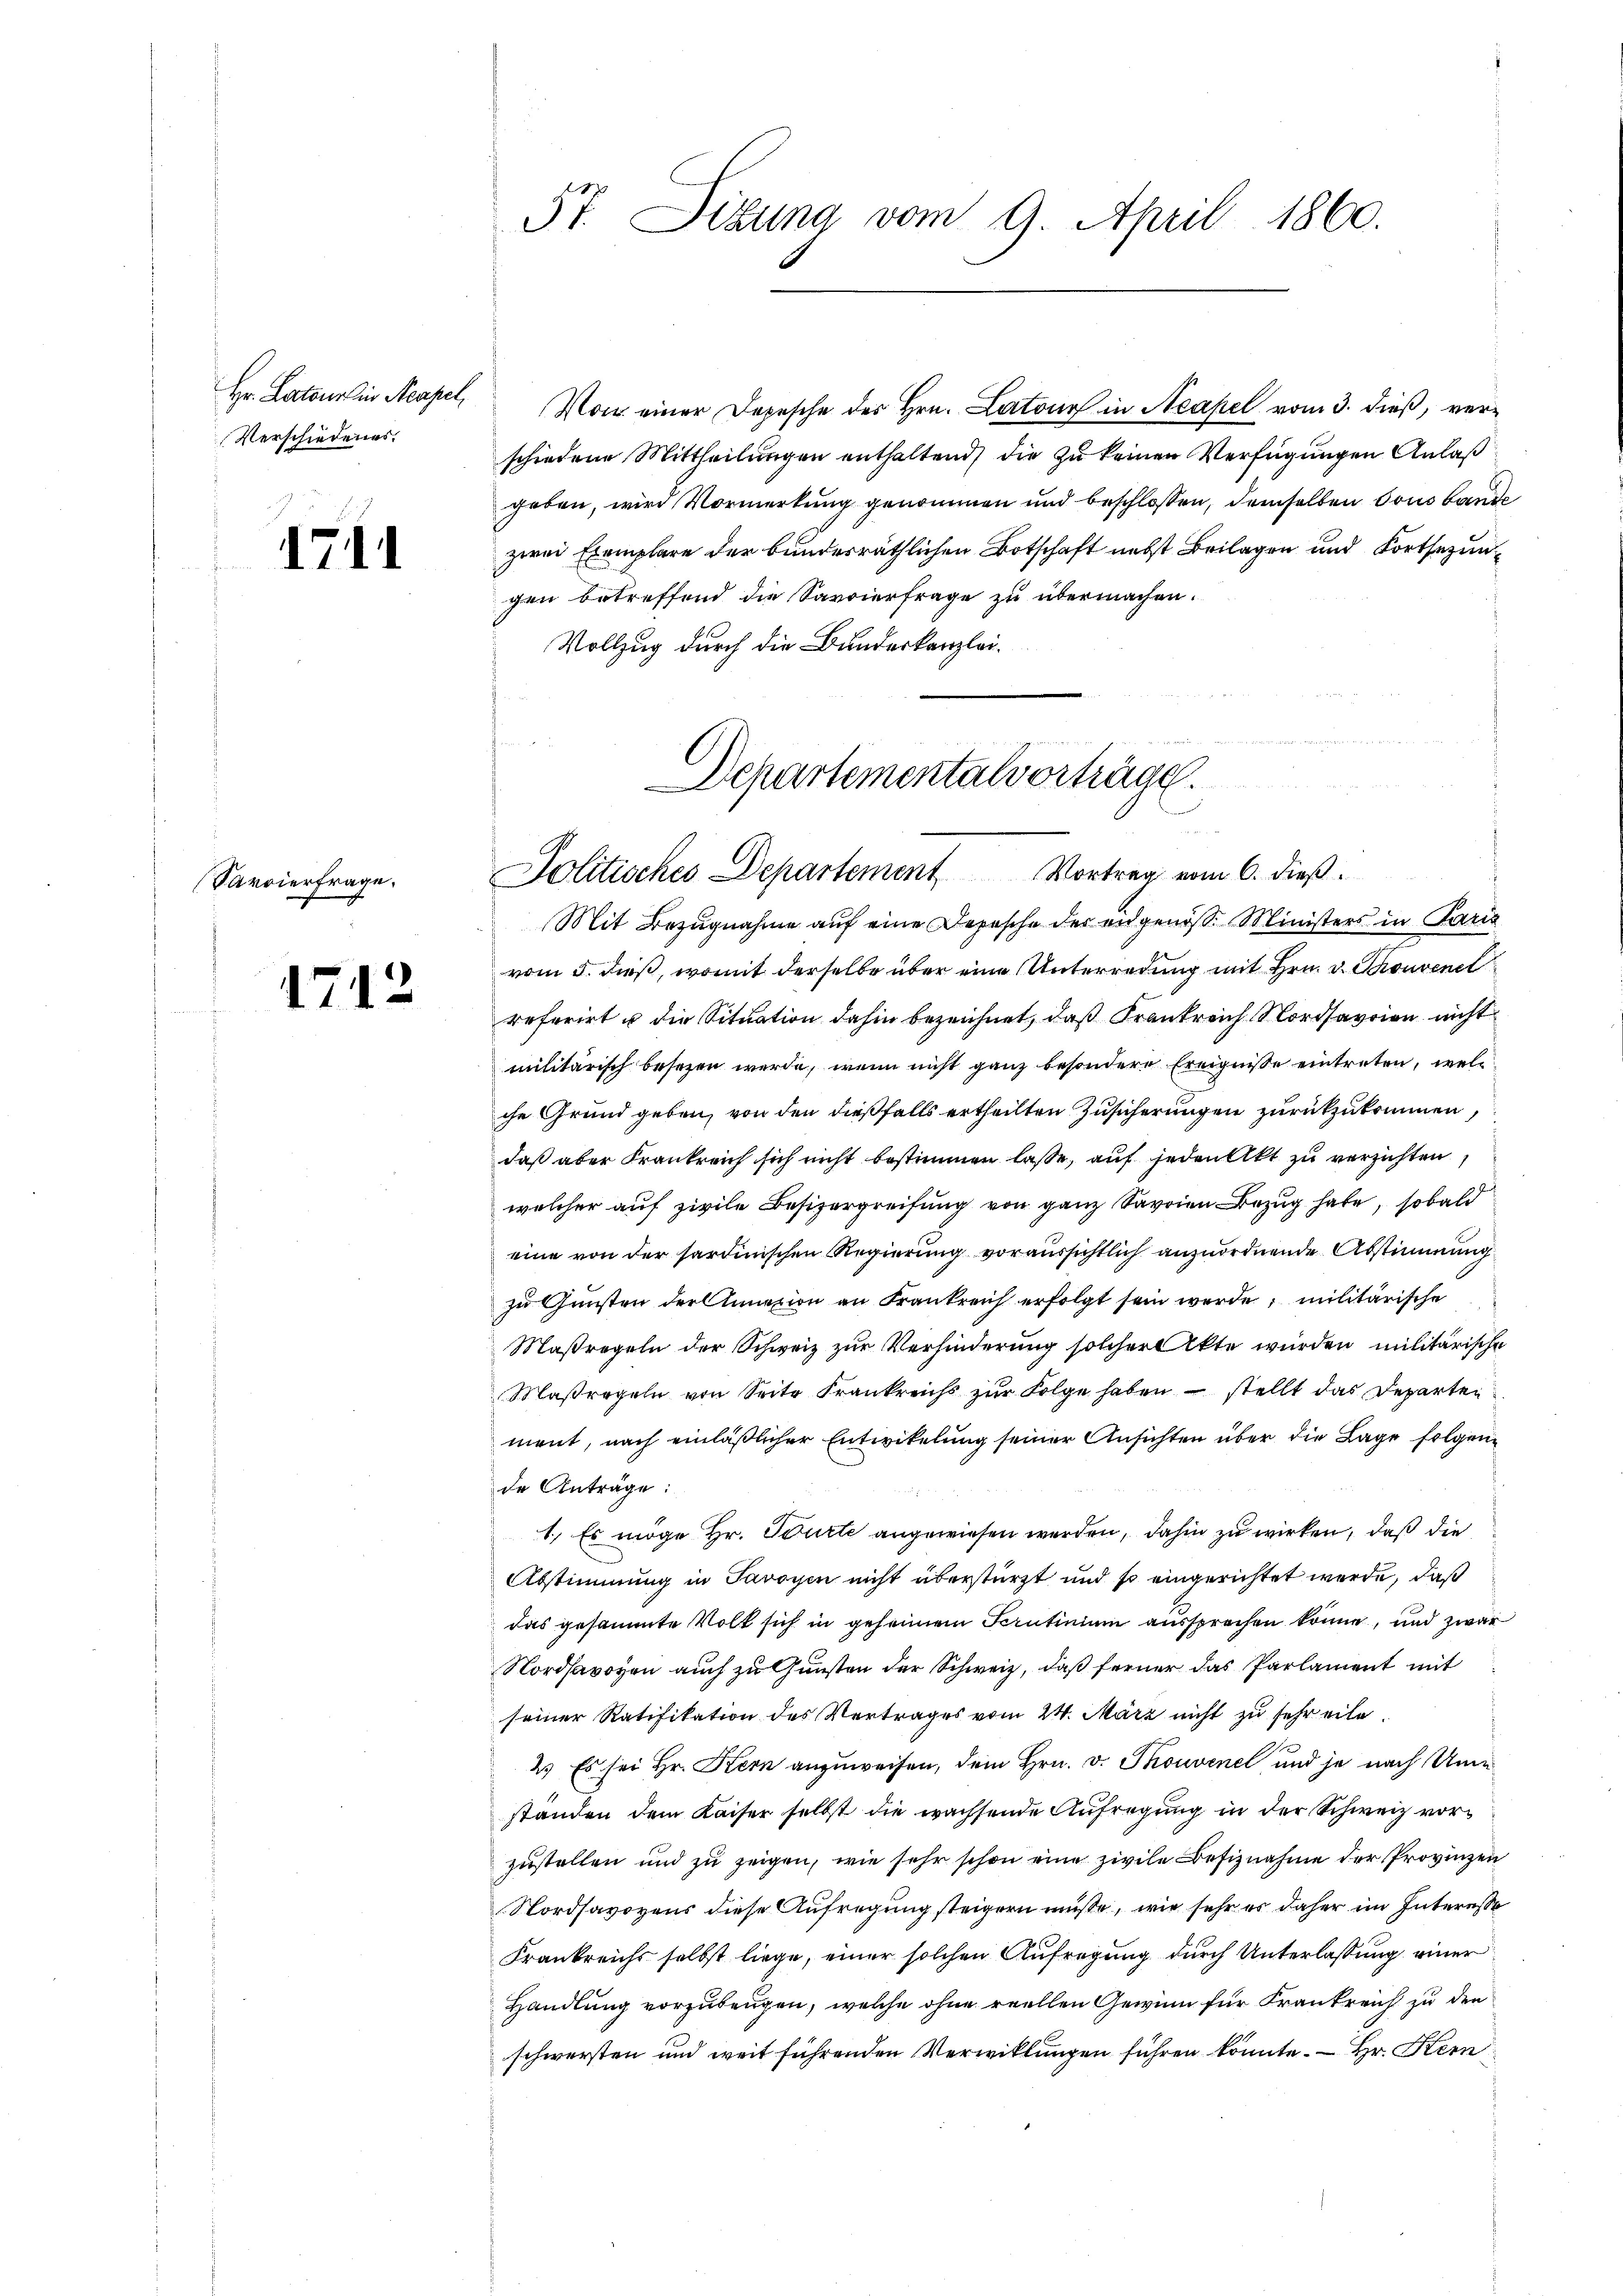
Hr. Latour in Neapel,
Verschiedenes.

1711

Parvierfrage.

1712

5t. Sitzung vom 9. April 1860.
6

schiedene Mittheilungen enthaltend die zu keinen Verfügungen Anlaß
geben, wird Vormerkung genommen und beschlossen, demselben sous bande
zwei Exemplare der bundesräthlichen Botschaft nebst Beilagen und Fortsezungen betreffend die Sarvierfrage zu übermachen.
Vollzug durch die Bundeskanzlei.

Departementalvorträge.
Politisches Departement Vortrag vom 6. dieβ.

Von einer Depesche der Hrn. Latone in Neapel vom 3. dieß, ver¬

Mit Bezugnahme auf eine Depesche der angenoß. Ministers in Paris
vom 5. dieß, womit derselbe über eine Unterredung mit Hrn. v. Thonvenet
referirt u die Situation dahin bezeichnet, daß Frankreich Nordavion nicht
militärisch besezen werde, wenn nicht ganz besondere Ereignisse eintreten, welche Grund geben, von den dießfalls ertheilten Zusicherungen zurückzukommen,
daß aber Frankreich sich nicht bestimmen lasse, auf jedenkt zu verzichten
welcher auf zivile Besizergreifung von ganz Savoien Bezug habe, sobald
eine von der sardinischen Regierung voraussichtlich anzuordnende Abstimmung
zu Gunsten der Annexion an Frankreich erfolgt sein werde; militärische
Maßregeln der Schweiz zur Verhinderung solcher Akte wurden militärische
Maßregeln von Seite Frankreichs zur Folge haben – stellt das Departen
ment, nach einläßlicher Entwickelung seiner Ansichten über die Lage folgen
de Anträge:
1.) Es möge Hr. Tourte angewiesen werden, dahin zu wirken, daß die
Abstimmung in Savoyen nicht überstürzt und so eingerichtet werde, daß
das gesammte Volk sich in geheimen Scrutinium aussprechen könne, und zwar
Nordsavoyen auch zu Gunsten der Schweiz, daß ferner das Parlament mit
seiner Ratifikation des Vertrages vom 24. März nicht zu sehr eile¬
2.) Es sei Hr. Kern anzuweisen, dem Hrn. v. Thouvene und je nach Unstanden dem Kaiser selbst die wachsende Aufregung in der Schweiz vorzustellen und zu zeigen, wie sehr schon eine zivile Befiznahme der Provinzen
Nordsavoyens diese Aufregung steigern müsse, wie sehr es daher im Interesse
Frankreichs selbst liege, einer solchen Aufregung durch Unterlassung einer
Handlung vorzubeugen, welche ohne reellen Gewinn für Krankreich zu den
schwersten und weit führenden Verwicklungen führen könnte. — Hr. Kern